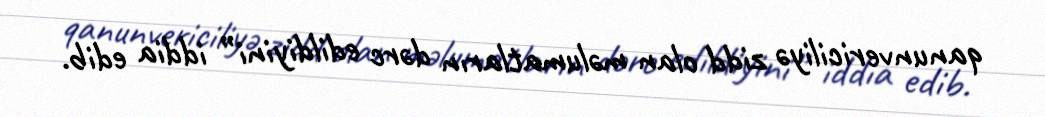
qanunvericiliyə zidd olan məlumatların dərc edildiyini” iddia edib.